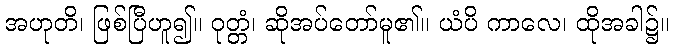
အဟုတိ၊ ဖြစ်ပြီဟူ၍။ ဝုတ္တံ၊ ဆိုအပ်တော်မူ၏။ ယံပိ ကာလေ၊ ထိုအခါ၌။